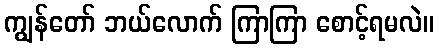
ကျွန်တော် ဘယ်လောက် ကြာကြာ စောင့်ရမလဲ။